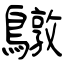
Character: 鷻